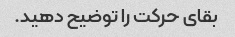
بقای حرکت را توضیح دهید.